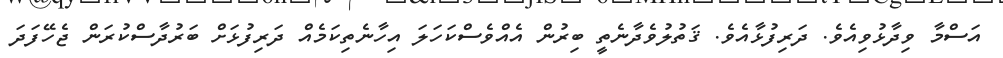
އަސްމާ ވިދާޅުވިއެވެ. ދަރިފުޅާއެވެ. ޤަތުލުވެދާނެތީ ބިރުން އެއްވެސްކަހަލަ އިހާނެތިކަމެއް ދަރިފުޅަށް ބަރުދާސްކުރަން ޖެހޭފަދަ